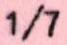
1/7